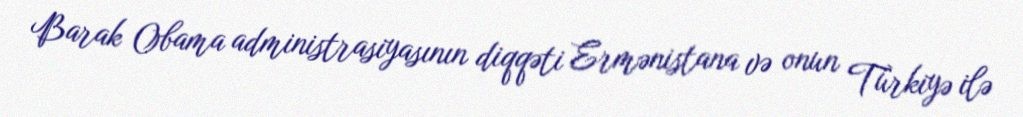
Barak Obama administrasiyasının diqqəti Ermənistana və onun Türkiyə ilə